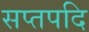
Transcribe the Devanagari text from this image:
सप्तपदि